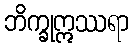
ဘိက္ခုဣဿရာ